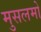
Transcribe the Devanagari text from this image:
मुसलमो